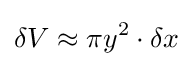
\delta V\approx \pi y^{2}\cdot \delta x